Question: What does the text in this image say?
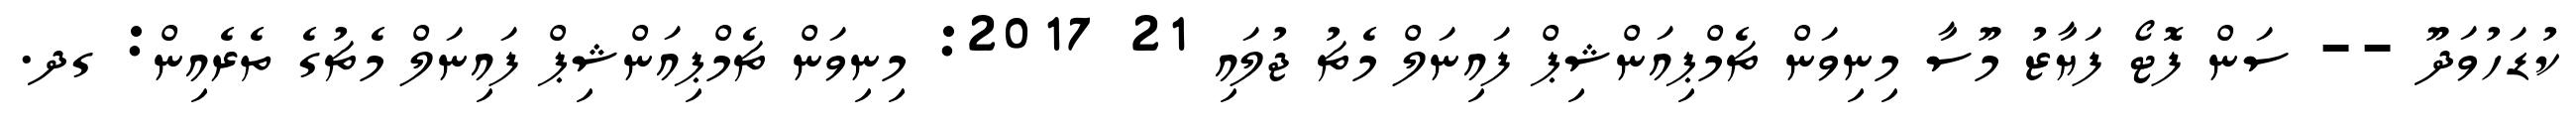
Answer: ކުޑަހުވަދޫ -- ސަން ފޮޓޯ ފަޔާޒު މޫސާ މިނިވަން ޗެމްޕިއަންޝިޕް ފައިނަލް މެޗު ޖުލައި 21 2017: މިނިވަން ޗެމްޕިއަންޝިޕް ފައިނަލް މެޗުގެ ތެރެއިން: ގދ.